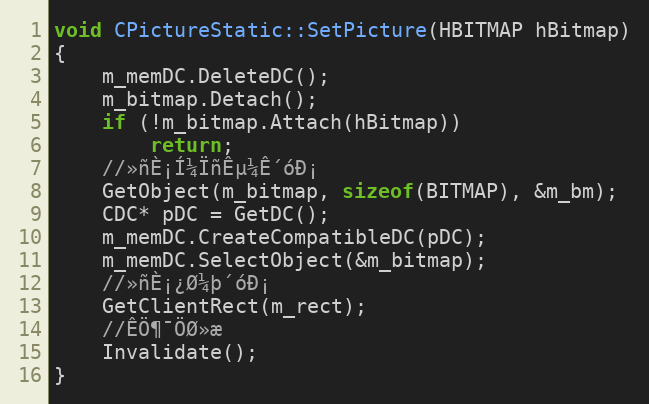
Language: C++
void CPictureStatic::SetPicture(HBITMAP hBitmap)
{
	m_memDC.DeleteDC();
	m_bitmap.Detach();
	if (!m_bitmap.Attach(hBitmap))
		return;
	//»ñÈ¡Í¼ÏñÊµ¼Ê´óÐ¡
	GetObject(m_bitmap, sizeof(BITMAP), &m_bm);
	CDC* pDC = GetDC();
	m_memDC.CreateCompatibleDC(pDC);
	m_memDC.SelectObject(&m_bitmap);
	//»ñÈ¡¿Ø¼þ´óÐ¡
	GetClientRect(m_rect);
	//ÊÖ¶¯ÖØ»æ
	Invalidate();
}